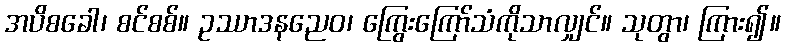
အပိစခေါ၊ စင်စစ်။ ဥဿာဒနညေဝ၊ ကြွေးကြော်သံကိုသာလျှင်။ သုတွာ၊ ကြား၍။